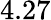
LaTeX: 4.27